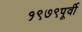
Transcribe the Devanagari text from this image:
१९७९पूर्वी